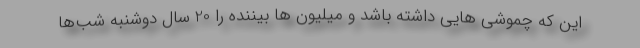
این که چموشی هایی داشته باشد و میلیون ها بیننده را 20 سال دوشنبه شب‌ها